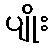
ပျိုး